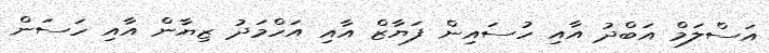
އަސްލަމް އަބްދު އާއި ހުސައިން ފަޔާޒް އާއި އަހްމަދު ޒިޔާން އާއި ހަސަން